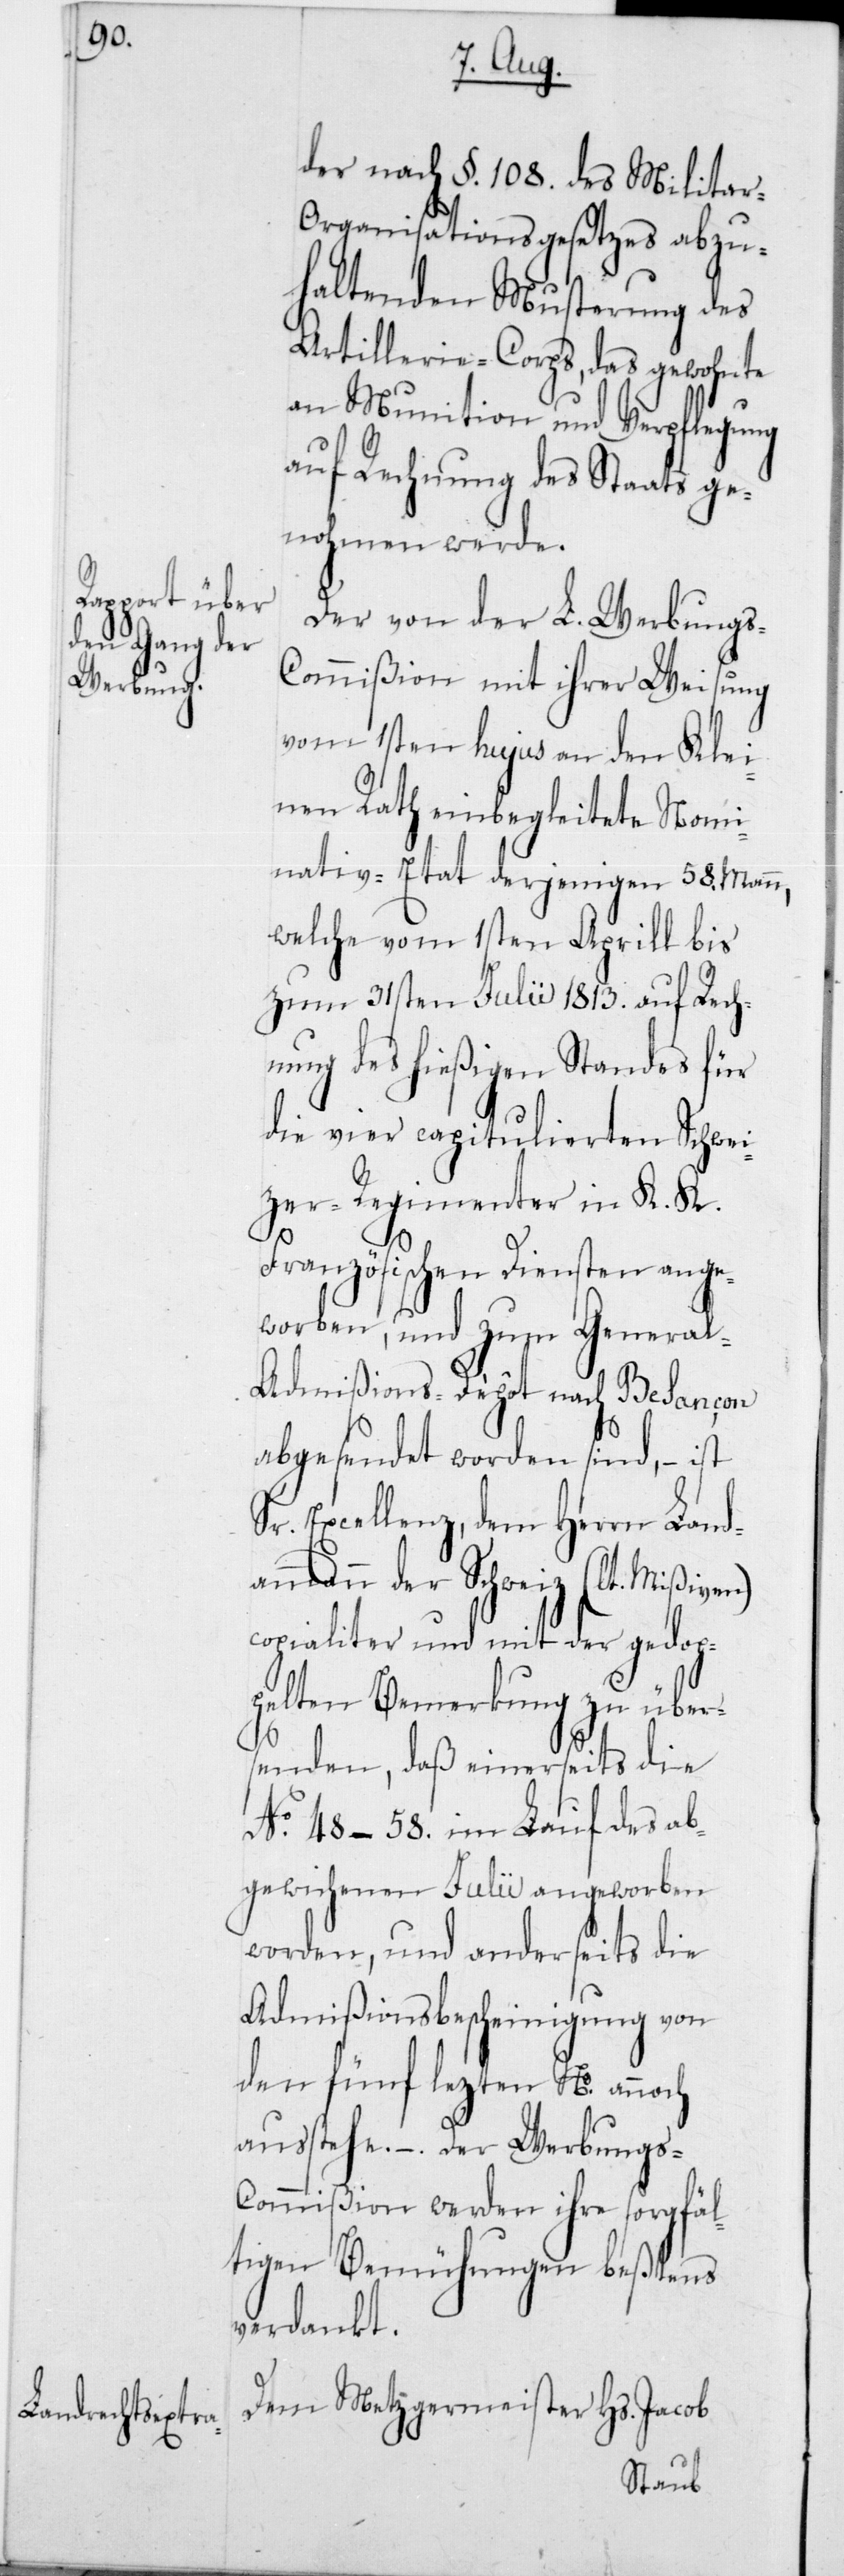
der nach § 108 des Militar-O¬
rganisationsgesetzes abzu¬
haltenden Musterung des
Artillerie-Corps, das gewohnte
an Munition und Verpflegung
auf Rechnung des Staats ge¬
nohmen werde.
Der von der L. Werbungs¬
Commißion mit ihrer Weisung
vom 1sten hujus an den Klei¬
nen Rath einbegleitete Nomi¬
nativ-Etat derjenigen 58 Mann,
welche vom 1sten Aprill bis
zum 31sten Julii 1813 auf Rech¬
nung des hießigenStandes für
die vier capitulierten Schwei¬
zer Regimenter in K. K.
Französischen Diensten ange¬
worben, und zum Genera¬
l-Admißions-Dépôt nach Besançon
abgesendet worden sind, – ist
Sr. Excellenz, dem Herrn Land¬
ammann der Schweiz (lt. Mißiven)
copialiter und mit der gedop¬
pelten Bemerkung zu über¬
senden, daß einerseits die
No 48-58 im Lauf des ab¬
gewichenen Julii angeworben
worden, und anderseits die
Admißionsbescheinigung von
den fünf lezten No annoch
ausstehen. – Der Werbungs-C¬
ommißion werden ihre sorgfäl¬
tigen Bemühungen beßtens
verdankt.
Dem Metzgermeister Hs. Jacob